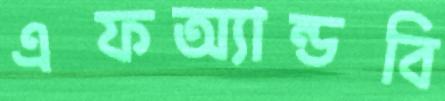
এফঅ্যান্ডবি